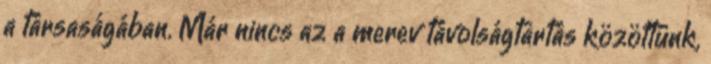
a társaságában. Már nincs az a merev távolságtartás közöttünk,